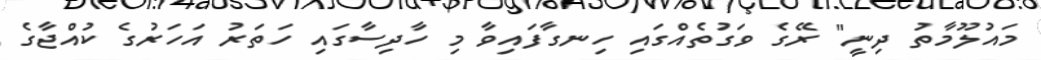
މައުލޫމާތު ދިނީ" ރޭގެ ވަގުތެއްގައި ހިނގާފައިވާ މި ހާދިސާގައި ހަތަރު އަހަރުގެ ކުއްޖާގެ